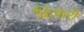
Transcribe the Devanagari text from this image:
बिज़ारो